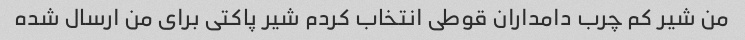
من شیر کم چرب دامداران قوطی انتخاب کردم شیر پاکتی برای من ارسال شده